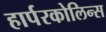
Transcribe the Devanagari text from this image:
हार्परकोलिन्स